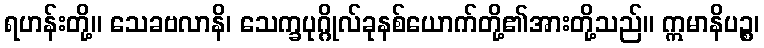
ရဟန်းတို့။ သေခဗလာနိ၊ သေက္ခပုဂ္ဂိုလ်ခုနစ်ယောက်တို့၏အားတို့သည်။ ဣမာနိပဉ္စ၊